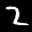
Label: 2